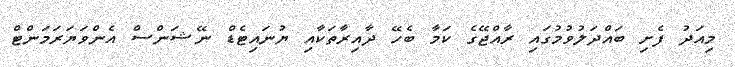
މިއަދު ފެށި ބައްދަލުވުމުގައި ރާއްޖޭގެ ކަމާ ބެހޭ ދާއިރާތަކާއި ޔުނައިޓެޑް ނޭޝަންސް އެންވަޔަރަމަންޓް